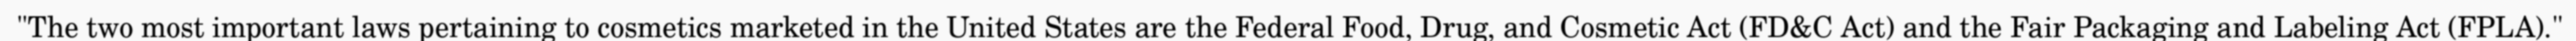
"The two most important laws pertaining to cosmetics marketed in the United States are the Federal Food, Drug, and Cosmetic Act (FD&C Act) and the Fair Packaging and Labeling Act (FPLA)."